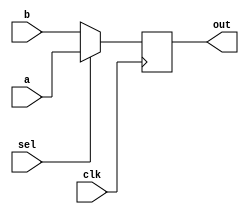
// Diseo basado en este diseo creado por vprabhu28:
// https://github.com/vprabhu28/16-Bit-CPU-using-Verilog/blob/master/CPU%2016-%20Bit%20using%20Verilog/Mux.v


///////////////////////////////////////////////////////
//// 		Design of Multiplxer		//////
/////////////////////////////////////////////////////

// Entran 2 nmeros de 32 bits

module mux2to1(
	input clk,
	input [31:0] a,
	input [31:0] b,
	input sel,
	
	// El select puede tener tambin origen a modo de Forward
	// Forward_C y Forward_D son nicamente de 1 bit
	// Mientras que Forward_A y Forward B son de 2 bits
	// y se usan para el multiplexor de 3 a 1

	output reg [31:0] out
);

always@(posedge clk)
begin
	if ( sel == 1 ) begin
	out <= a;
	end
	else if ( sel == 0) begin
	out <= b;
	end
end
endmodule